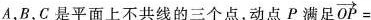
A，B，C是平面上不共线的三个点，动点P满足 $$\overrightarrow{OP} =$$